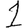
Digit: 1